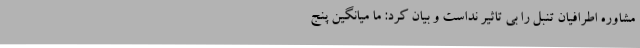
مشاوره اطرافیان تنبل را بی تاثیر نداست و بیان کرد: ما میانگین پنج